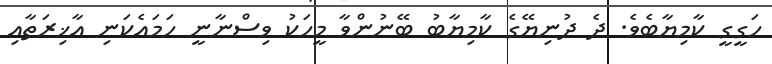
ހަގީގީ ކާމިޔާބެވެ. ދެ ދުނިޔޭގެ ކާމިޔާބު ބޭނުންވާ މީހަކު ވިސްނާނީ ހަމައެކަނި އާޚިރަތާއި